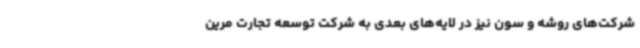
شرکت‌های روشه و سون نیز در لایه‌های بعدی به شرکت توسعه تجارت مرین